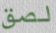
لصق